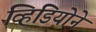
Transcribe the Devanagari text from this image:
व्हिडियोने